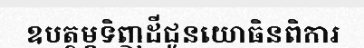
ឧបត្ថម្ភទិញដីជូនយោធិនពិការ